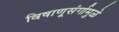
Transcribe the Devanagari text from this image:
विषाणूसंर्गामुळे